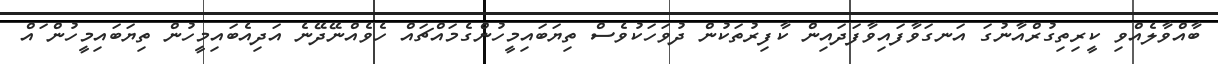
ބާއްވާލެއްވި ކީރިތިގުރްއާނުގަ އަނގަވާފައިވާފަދައިން ކާފިރުތަކުން ދުވަހަކުވެސް ތިޔަބައިމީހުންގެމައްޗައް ހެވެއްނޭދޭނެ އަދިއެބައިމީހުން ތިޔަބައިމީހުން ައް